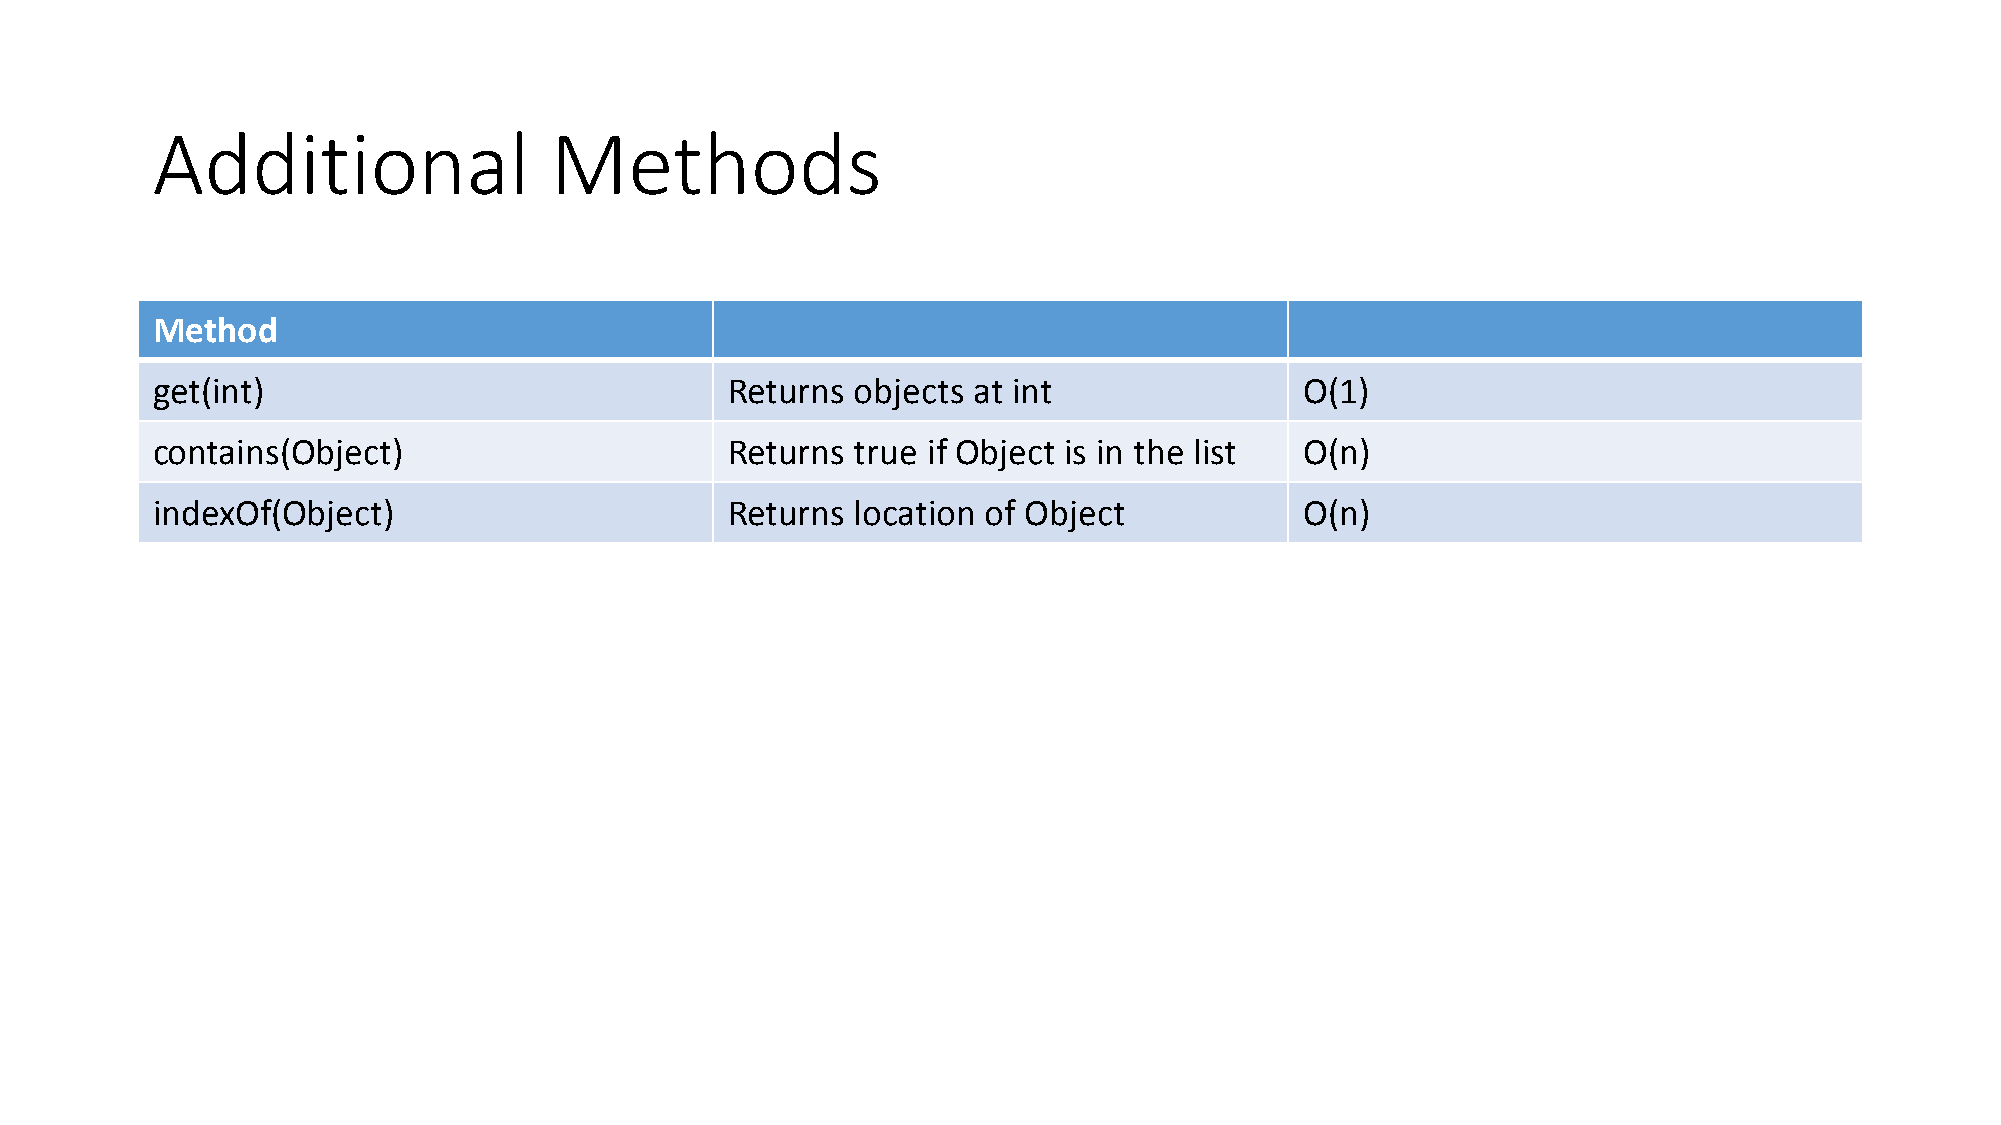
Additional                Methods
 Method
 get(int)                              Returns  objects at int               O(1)
 contains(Object)                      Returns  true if Object is in the list O(n)
 indexOf(Object)                       Returns  location of Object           O(n)